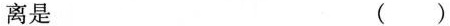
离是 ( )